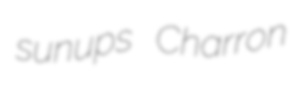
sunups Charron